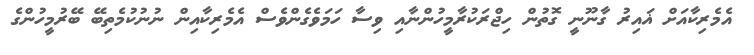
އެމެރިކާއަށް ޣައިރު ގާނޫނީ ގޮތުން ހިޖްރަކުރާމީހުންނާއި ވިސާ ހަމަވެގެންވެސް އެމެރިކާއިން ނުނުކުމެތިބޭ ބޭރުމީހުންގެ